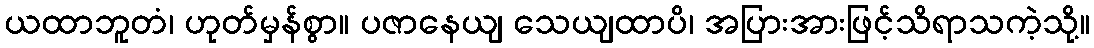
ယထာဘူတံ၊ ဟုတ်မှန်စွာ။ ပဇာနေယျ သေယျထာပိ၊ အပြားအားဖြင့်သိရာသကဲ့သို့။